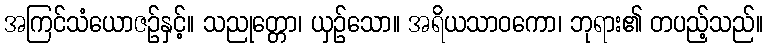
အကြင်သံယောဇဉ်နှင့်။ သညုတ္တော၊ ယှဉ်သော။ အရိယသာဝကော၊ ဘုရား၏ တပည့်သည်။